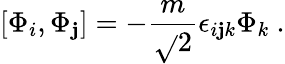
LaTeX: [\Phi_{i},\Phi_{\mathbf{j}}]=-\frac{{m}}{{\sqrt{}{2}}}\epsilon_{i\mathbf{j}k}\Phi_{k}\ .